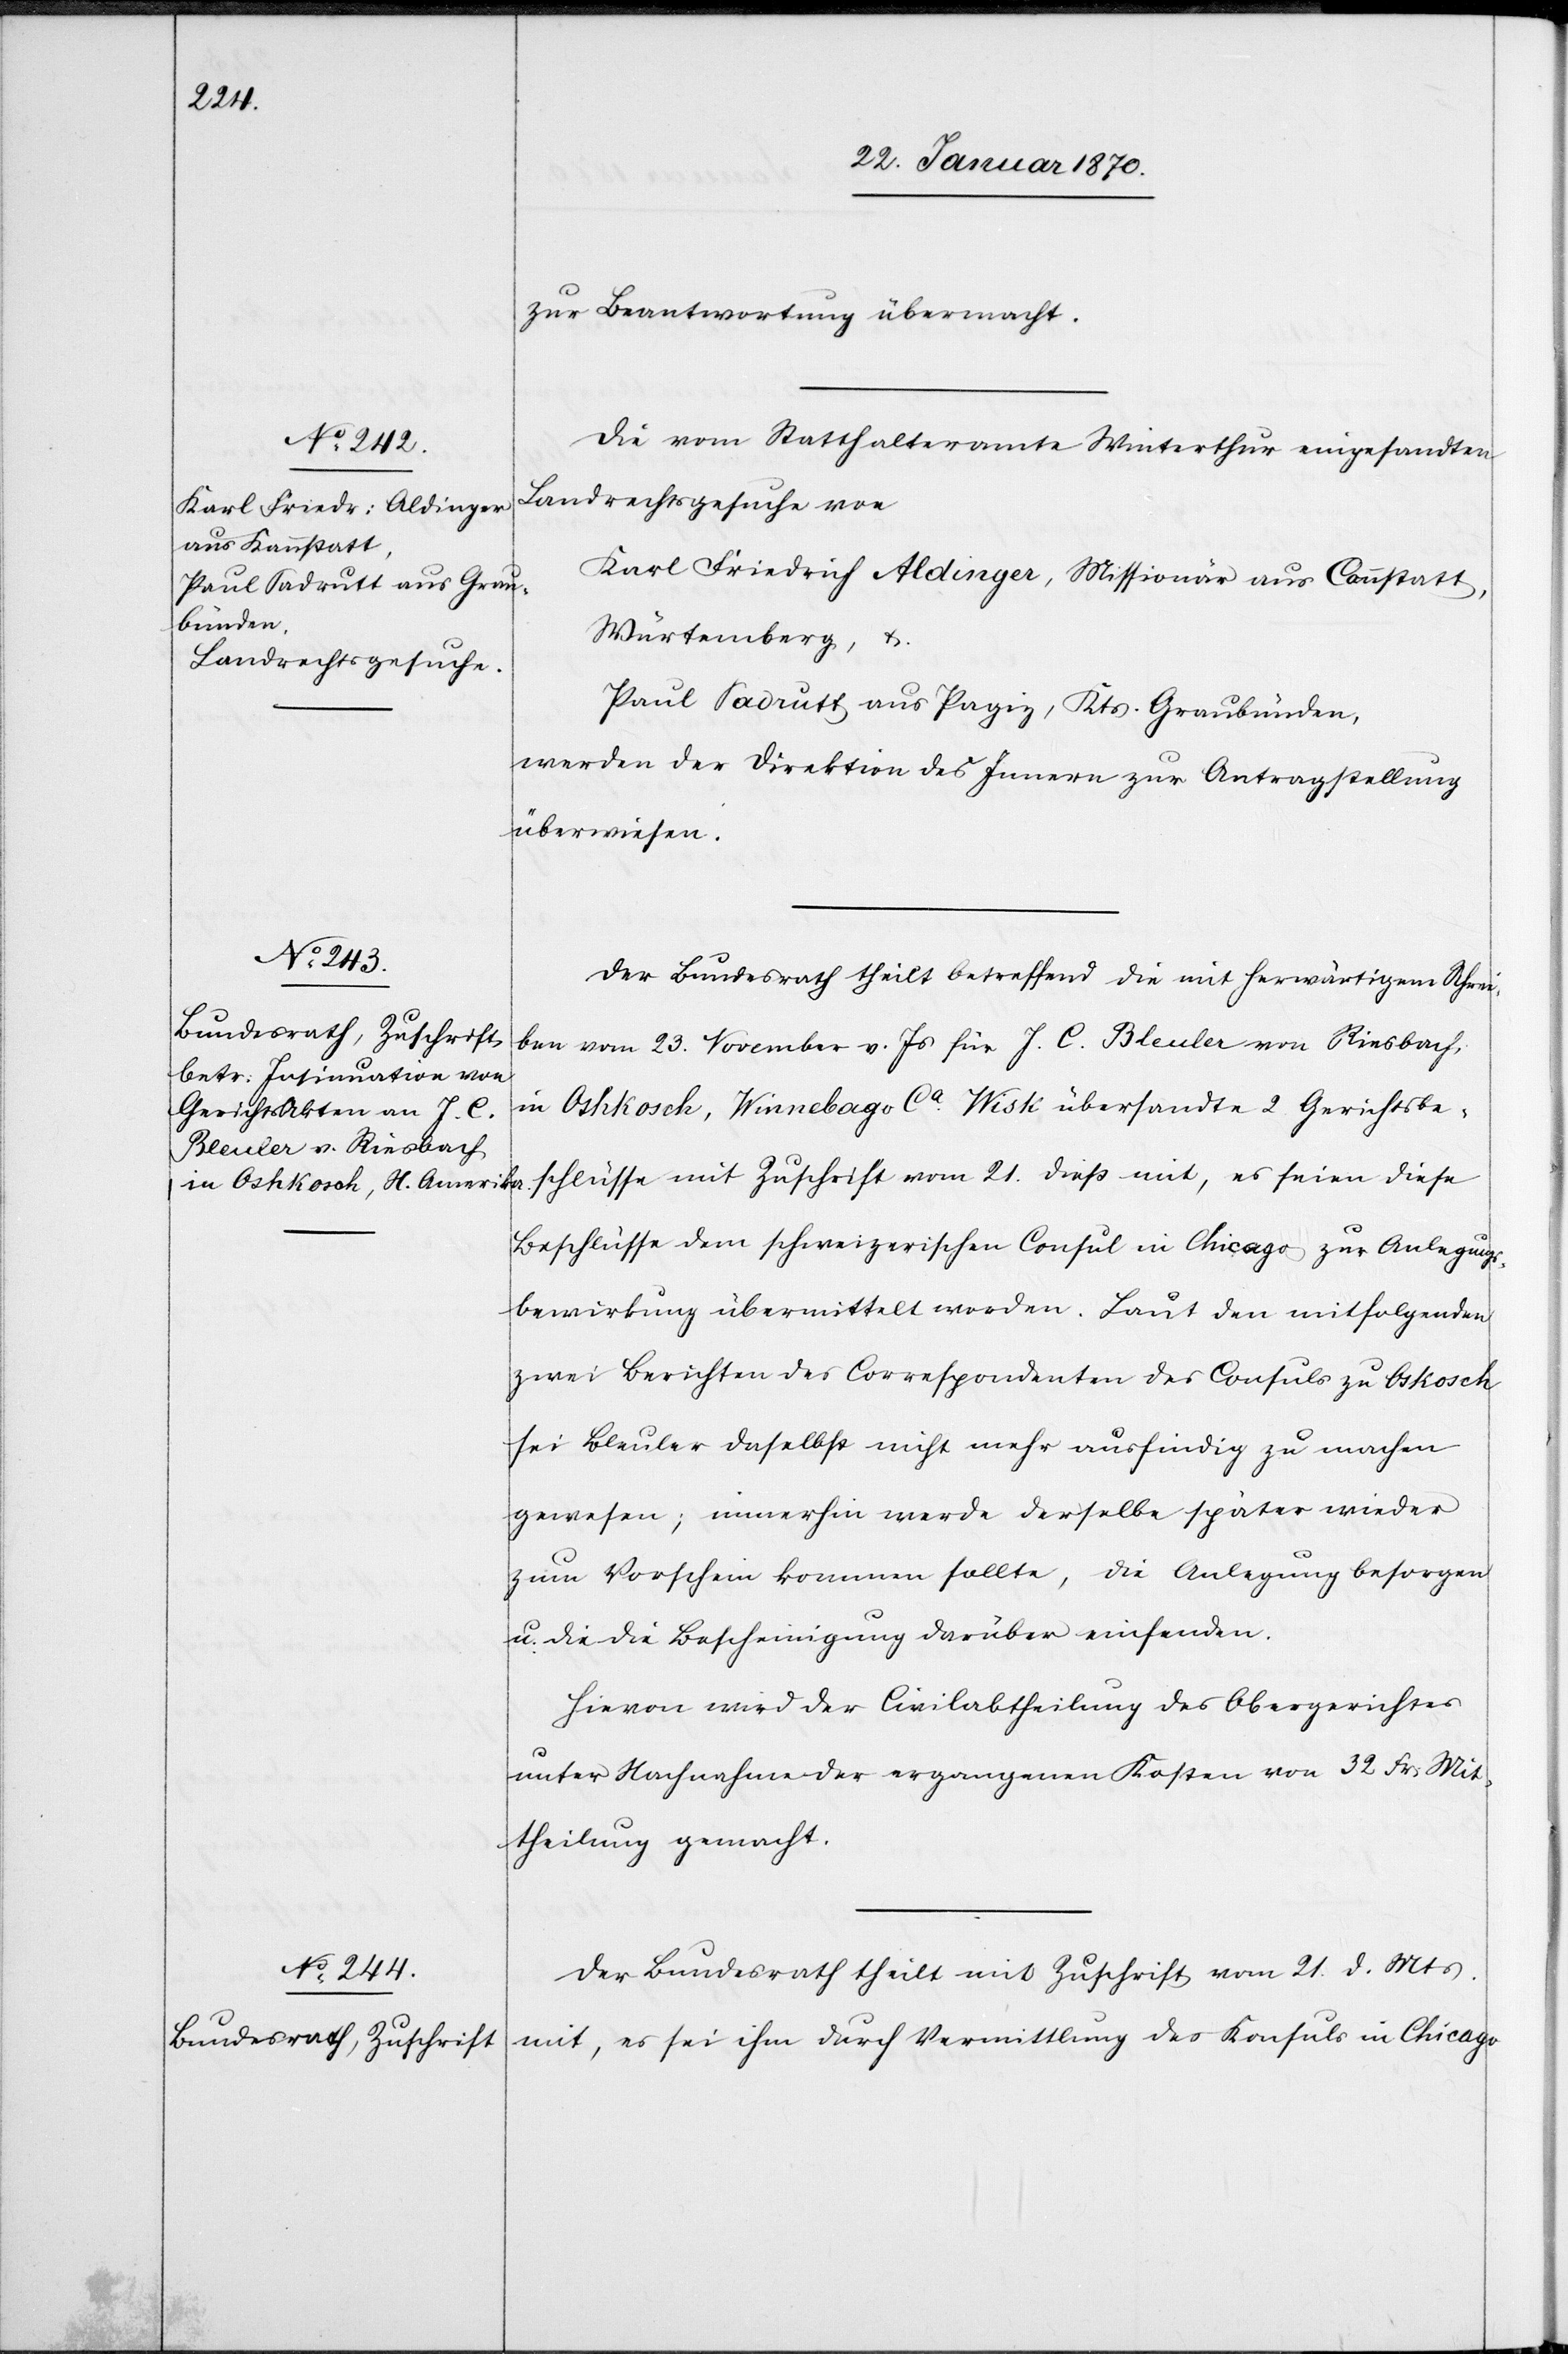
26. Januar 1870]
zur Beantwortung übermacht.
Die vom Statthalteramte Winterthur eingesandten
Landrathsgesuche von
Karl Friedrich Aldinger, Missionär aus Cannstatt,
Würtemberg, u.
Paul Sadrutt [sic!] aus Pagig, Kts. Graubünden,
werden der Direktion des Innern zur Antragstellung
überwiesen.
Der Bundesrath theilt betreffend die mit herwärtigem Schrei¬
ben vom 23. November v. Js. für J. C. Bleuler von Riesbach
in Oshkosch, Winnebago Ca. Wisk übersandte 2 Gerichtsbe¬
schlüsse mit Zuschrift vom 21. dieß mit, es seien diese
Beschlüsse dem schweizerischen Consul in Chicago zur Anlegungs¬
bewirkung übermittelt worden. Laut den mitfolgenden
zwei Berichten der Correspondenten des Consuls zu Oskosch
sei Bleuler daselbst nicht mehr ausfindig zu machen
gewesen; immerhin werde derselbe später wieder
zum Vorschein kommen sollte [sic!], die Anlegung besorgen
die die [sic!] Bescheinigung darüber einsenden.
Hievon wir der Civilabtheilung des Obergerichtes
unter Nachnahme der ergangenen Kosten von 32 Frs Mit¬
theilung gemacht.
Der Bundesrath theilt mit Zuschrift vom 21. d. Mts.
mit, es sei ihm durch Vermittlung des Konsuls in Chicago